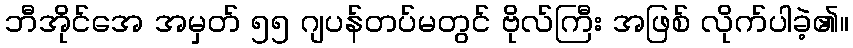
ဘီအိုင်အေ အမှတ် ၅၅ ဂျပန်တပ်မတွင် ဗိုလ်ကြီး အဖြစ် လိုက်ပါခဲ့၏။